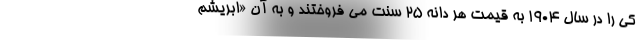
کی را در سال ۱۹۰۴ به قیمت هر دانه ۲۵ سنت می فروختند و به آن «ابریشم